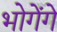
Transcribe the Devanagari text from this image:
भोगेंगे